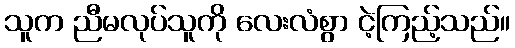
သူက ညီမလုပ်သူကို လေးလံစွာ ငဲ့ကြည့်သည်။